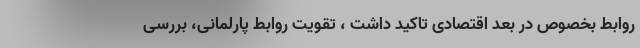
روابط بخصوص در بعد اقتصادی تاکید داشت ، تقویت روابط پارلمانی، بررسی